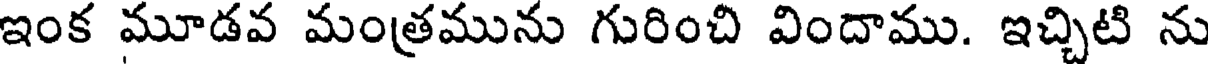
ఇంక మూడవ మంత్రమును గురించి విందాము. ఇచ్చిటి ను